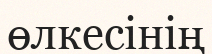
өлкесінің